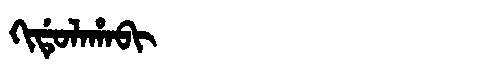
Manchu: ᡴᡳᡩᡠᠯᠠᡥᠠᠪᡳ
Romanization: KIDULAHABI